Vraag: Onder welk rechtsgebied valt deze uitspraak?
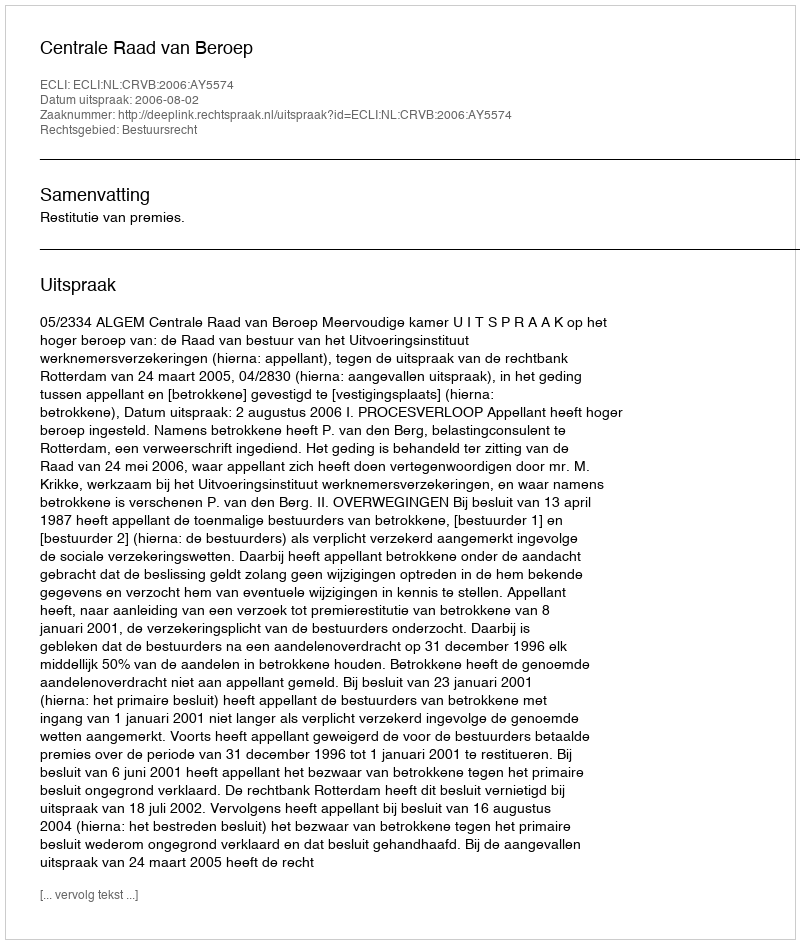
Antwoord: Bestuursrecht